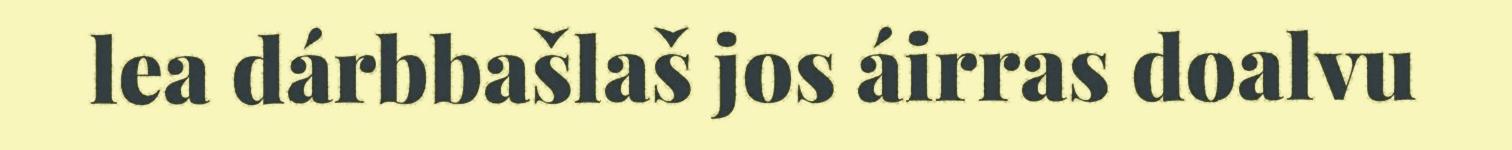
lea dárbbašlaš jos áirras doalvu